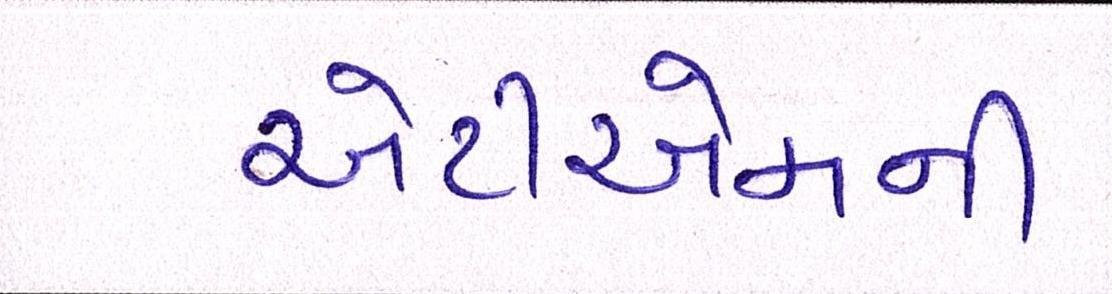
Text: એટીએમની